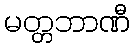
မတ္တဘာဏီ